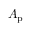
A _ { \mathrm { { p } } }